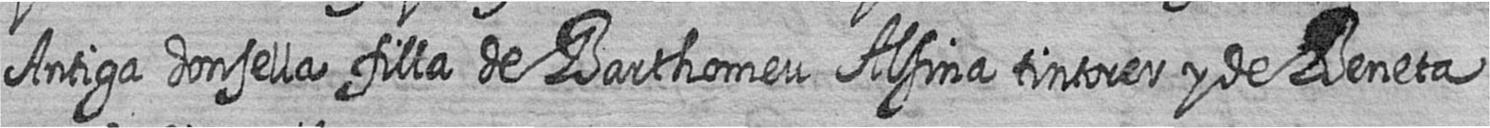
Antiga donsella filla de Barthomeu Alsina tintorer y de Beneta